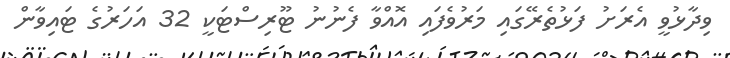
ވިދާޅުވީ އެރަށު ފަޅުތެރޭގައި މަރުވެފައި އޮއްވާ ފެނުނު ޓޫރިސްޓަކީ 32 އަހަރުގެ ޓައިވާން